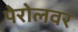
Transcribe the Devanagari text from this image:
पेरोलवर